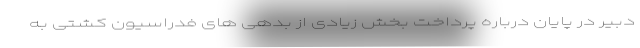
دبیر در پایان درباره پرداخت بخش زیادی از بدهی های فدراسیون کشتی به